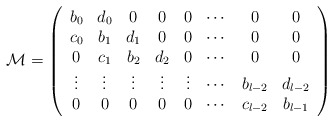
\begin{align*}{\mathcal M} = \left(\begin{array}{cccccccc}b_0 & d_0 & 0 & 0 & 0 & \cdots & 0 & 0 \\c_0 & b_1 & d_1 & 0 & 0 & \cdots & 0 & 0 \\0 & c_1 & b_2 & d_2 & 0 & \cdots & 0 & 0 \\\vdots & \vdots & \vdots & \vdots & \vdots & \cdots & b_{l-2} & d_{l-2} \\0 & 0 & 0 & 0 & 0 & \cdots & c_{l-2} & b_{l-1}\end{array}\right)\end{align*}